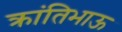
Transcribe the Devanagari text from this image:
क्रांतिभाऊ